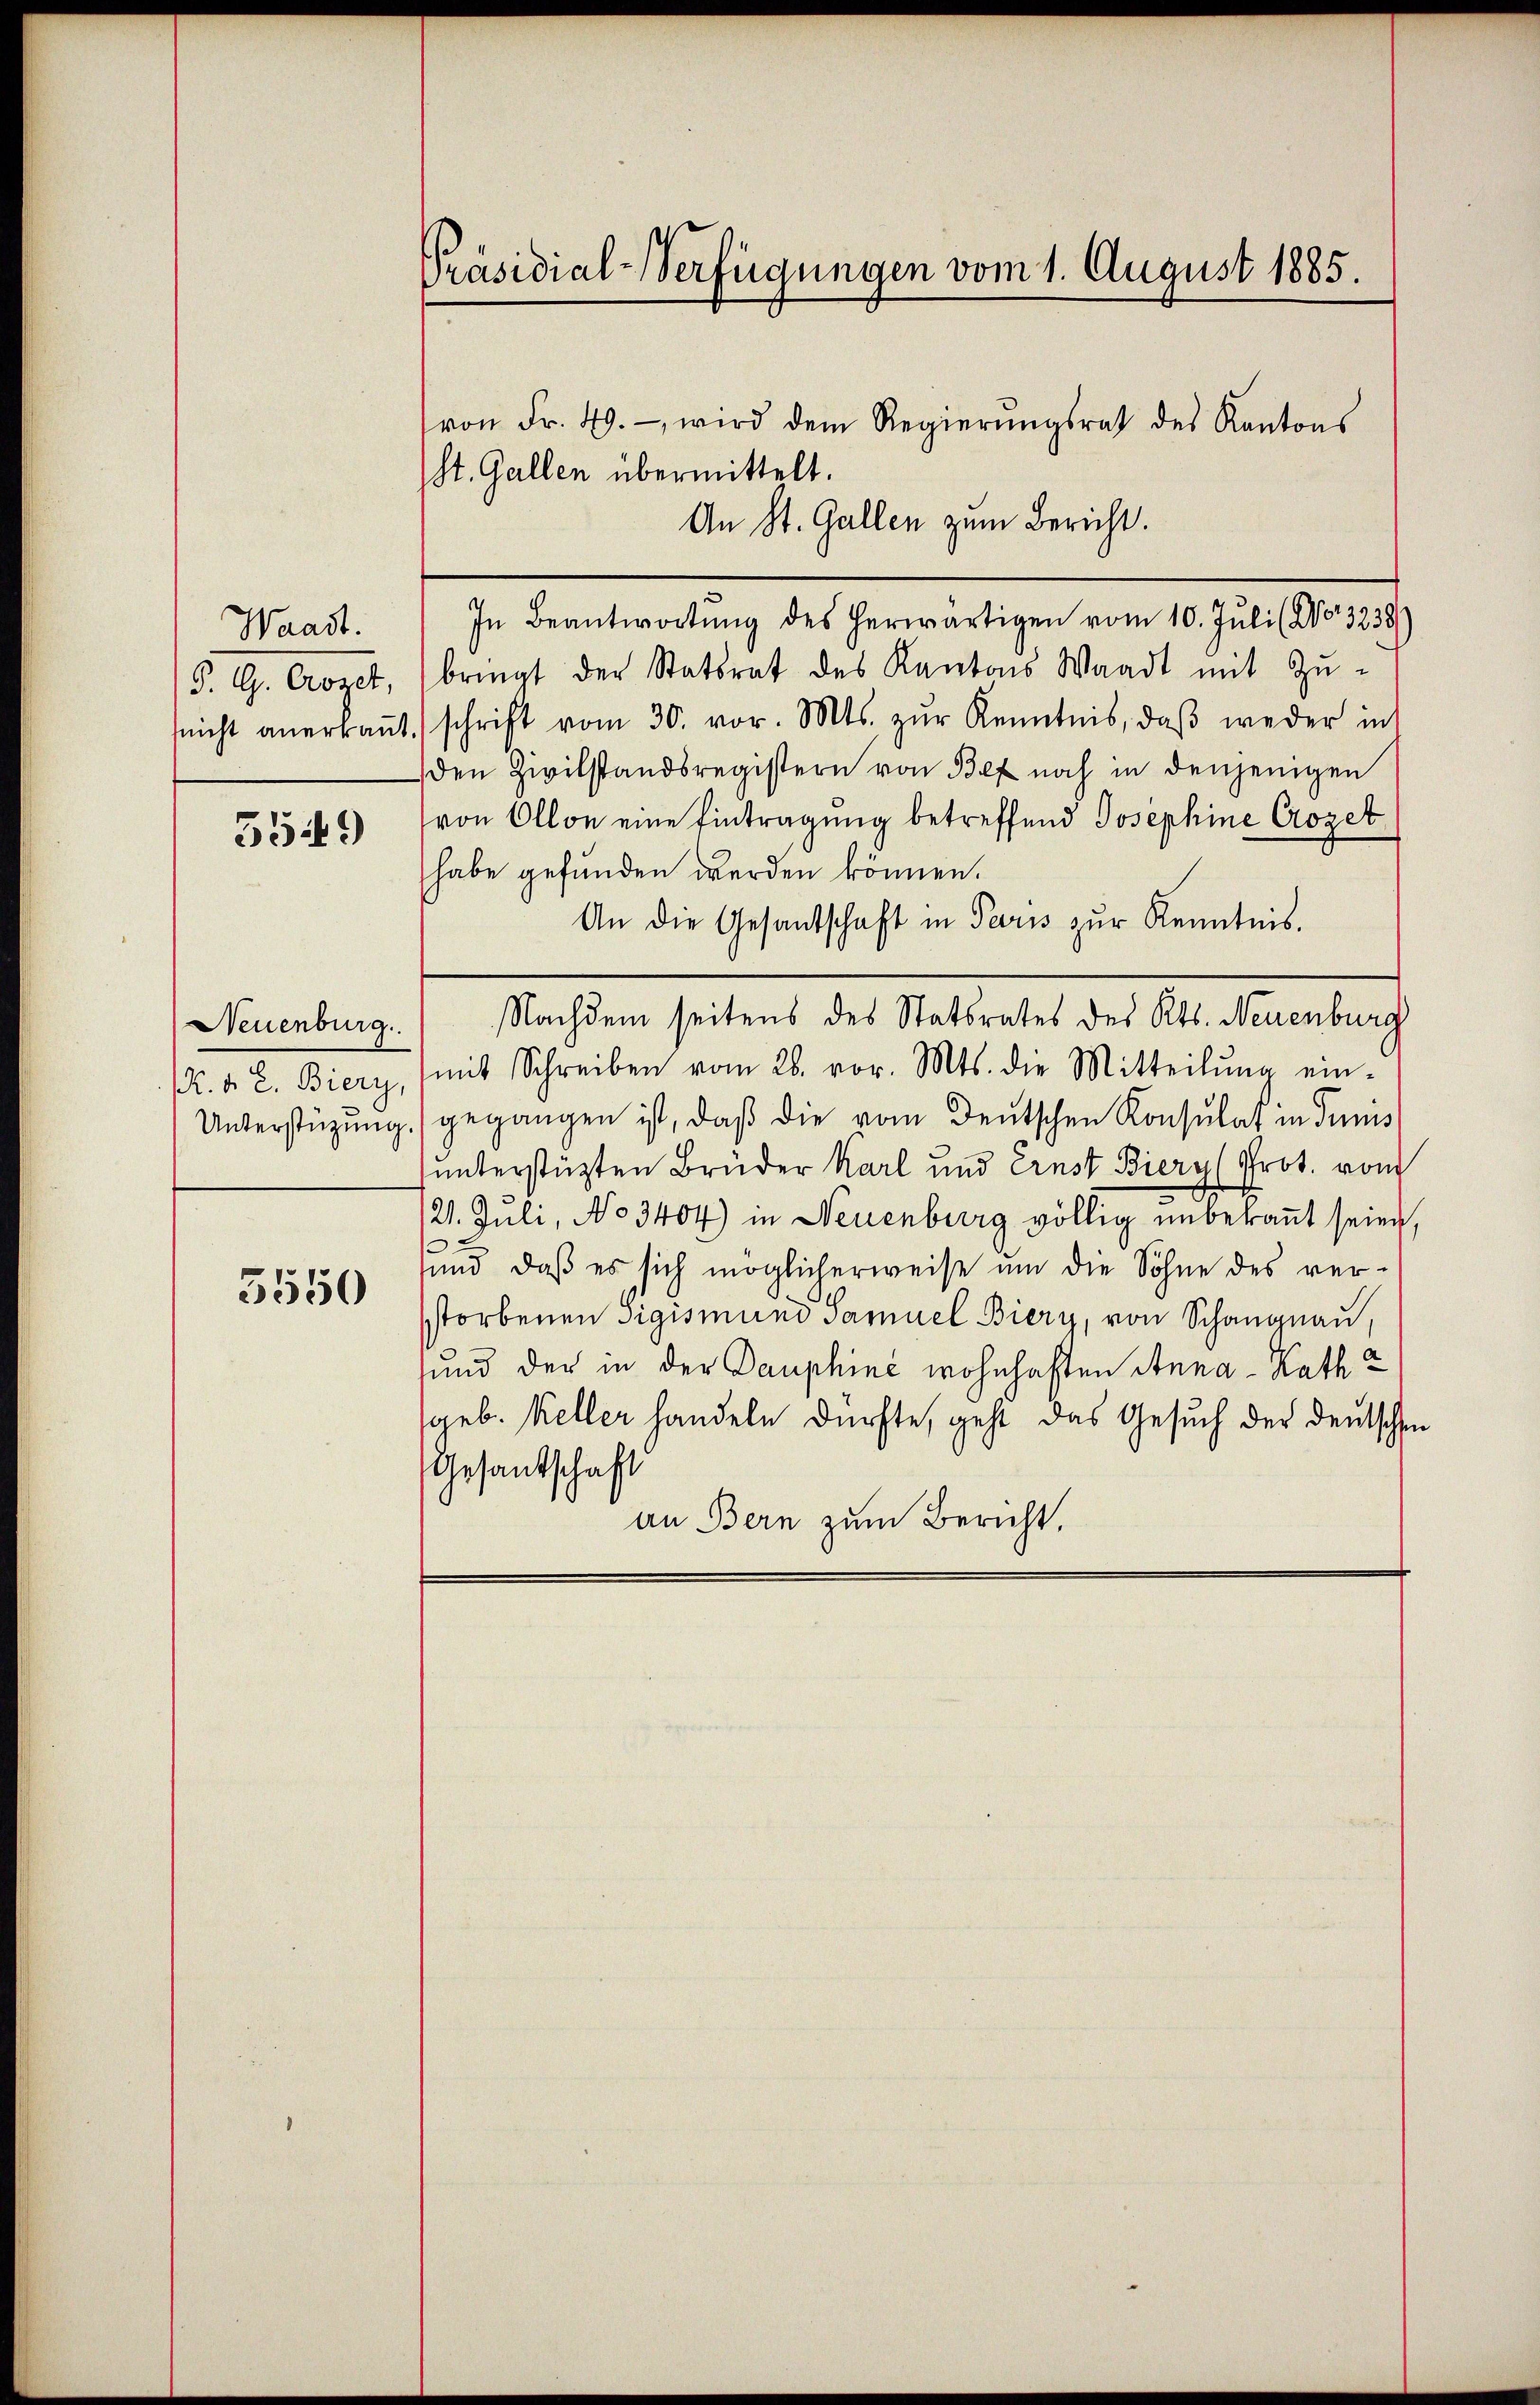
Waadt.
P. G. Crozet,
nicht anerkannt.

5549

Neuenburg.
. d. R. Biery,
Unterstüzung.

3550

Präsidial-Verfügungen vom 1. August 1885.

von Fr. 40.- wird dem Regierŭngsrath des Kantons
St. Gallen übermittelt.
An St. Gallen zum Bericht.
In Beantwortŭng des herwärtigen vom 10. Jŭli (No. 3238)
bringt der Statsrat des Kantons Waadt mit Zuschrift vom 30. vor. Mts. zŭr Kenntnis, daβ weder in
den Zivilstandsregistern von Bef noch in denjenigen
von Ollon eine Eintragung betreffend Josephine Crozet
habe gefunden werden können.
An die Gesantschaft in Paris zŭr Kenntnis.
Nachdem seitens des Statsrates des Kts. Neuenburg
mit Schreiben vom 26. vor. Mts. die Mitteilŭng ein-
gegangen ist, daß die vom Deutschen Konsulat in Tunis
unterstützten Brüder Karl und Ernst Biery (Prot. vom
21. Juli, No 3404) in Neuenburg völlig unbekannt seien,
sund, daß es sich möglicherweise um die Söhne des verstorbenen sigismund Samuel Biery, von Schangnau,
und der in der Dauphine wohnhaften Anna - Ratha
geb. Keller handeln dürfte, geht das Gesuch der Deutschen
Gesandtschaft
an Bern zum Bericht.